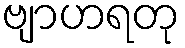
ဗျာဟရတု